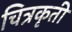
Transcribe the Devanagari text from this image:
चित्रकृती